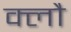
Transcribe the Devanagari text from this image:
क्लौ